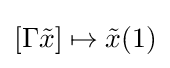
[\Gamma {\tilde {x}}]\mapsto {\tilde {x}}(1)